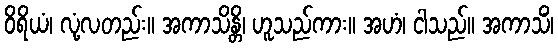
ဝိရိယံ၊ လုံ့လတည်း။ အကာသိန္တိ၊ ဟူသည်ကား။ အဟံ၊ ငါသည်။ အကာသိံ၊